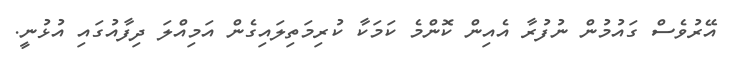
އޭރުވެސް ގައުމުން ނުފުރާ އެއިން ކޮންމެ ކަމަކާ ކުރިމަތިލައިގެން އަމިއްލަ ދިފާއުގައި އުޅުނީ.